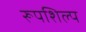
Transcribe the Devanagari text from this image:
रूपशिल्प